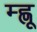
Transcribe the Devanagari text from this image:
म्ह्णू